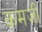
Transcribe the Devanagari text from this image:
कमजी